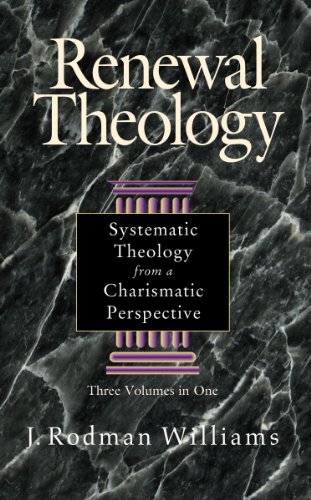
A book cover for Renewal Theology:  Systematic Theology from a Charismatic Perspective (Three Volumes in One); J. Rodman Williams; Christian Books & Bibles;